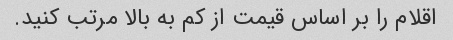
اقلام را بر اساس قیمت از کم به بالا مرتب کنید.